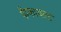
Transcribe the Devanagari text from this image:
पैम्फायल्ट